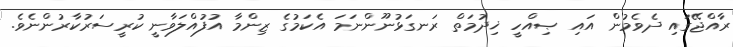
ރާއްޖޭގައި ދެވެމުން އައި ޞިއްހީ ޚިދުމަތް ރަނގަޅުނޫންނަމަ އެކަމުގެ ޒިންމާ އުފުއްލަވާނީ ކުރީސަރުކާރުންނެވެ.